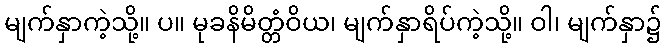
မျက်နှာကဲ့သို့။ ပ။ မုခနိမိတ္တံဝိယ၊ မျက်နှာရိပ်ကဲ့သို့။ ဝါ၊ မျက်နှာ၌